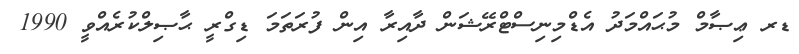
ޑރ ޢިޞާމް މުޙައްމަދު އެޑްމިނިސްޓްރޭޝަން ދާއިރާ އިން ފުރަތަމަ ޑިގްރީ ޙާޞިލްކުރެއްވީ 1990